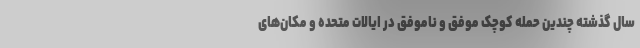
سال گذشته چندین حمله کوچک موفق و ناموفق در ایالات متحده و مکان‌های